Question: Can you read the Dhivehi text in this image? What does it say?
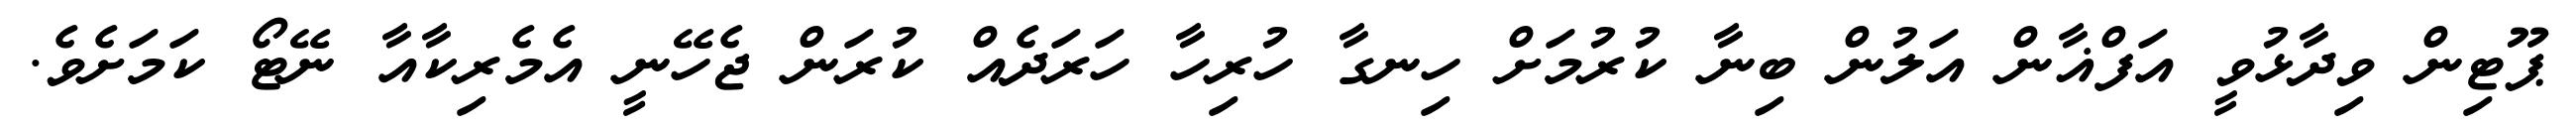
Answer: ޕޫޓިން ވިދާޅުވީ އަފްޣާން އަލުން ބިނާ ކުރުމަށް ހިނގާ ހުރިހާ ހަރަދެއް ކުރަން ޖެހޭނީ އެމެރިކާއާ ނޭޓޯ ކަމަށެވެ.